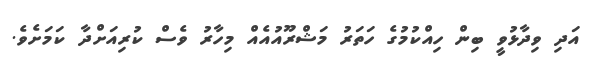
އަދި ވިދާޅުވީ ބިން ހިއްކުމުގެ ހަތަރު މަޝްރޫއުއެއް މިހާރު ވެސް ކުރިއަށްދާ ކަމަށެވެ.